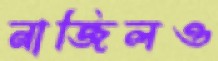
নাজিলও